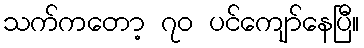
သက်ကတော့ ၇၀ ပင်ကျော်နေပြီ။